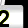
Digit: 2